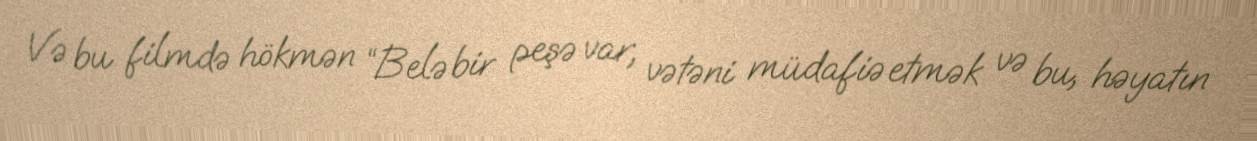
Və bu filmdə hökmən “Belə bir peşə var, vətəni müdafiə etmək və bu, həyatın